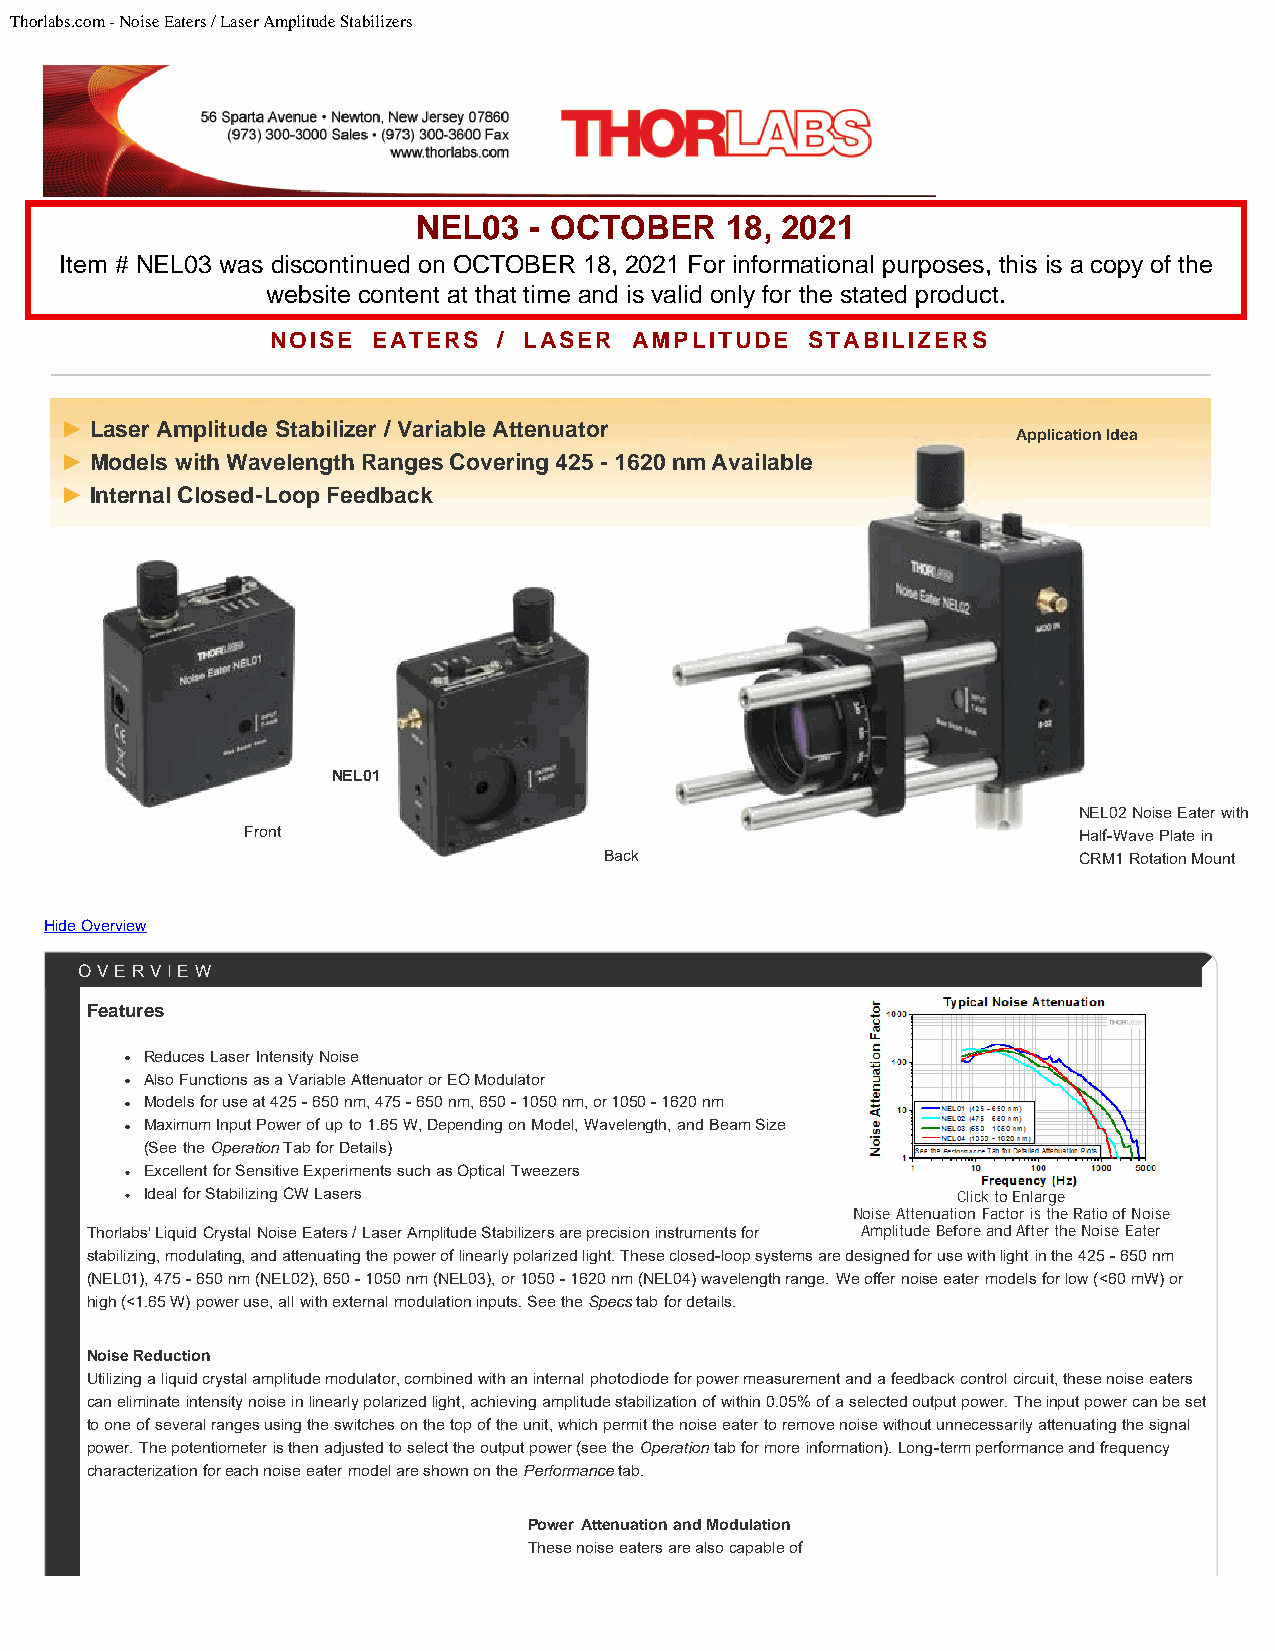
Thorlabs.com - Noise Eaters / Laser Amplitude Stabilizers
 NOISE  EATERS  / LASER  AMPLITUDE   STABILIZERS
 ► Laser Amplitude Stabilizer / Variable Attenuator
 Application Idea
 ► Models with Wavelength Ranges Covering 425 - 1620 nm Available
 ► Internal Closed-Loop Feedback
 NEL01
 NEL02 Noise Eater with
 Front                                                  Half-Wave Plate in
 Back                           CRM1 Rotation Mount
 Hide Overview
 OVERVIEW
 Features
 Reduces Laser Intensity Noise
 Also Functions as a Variable Attenuator or EO Modulator
 Models for use at 425 - 650 nm, 475 - 650 nm, 650 - 1050 nm, or 1050 - 1620 nm
 Maximum Input Power of up to 1.65 W, Depending on Model, Wavelength, and Beam Size
 (See the Operation Tab for Details)
 Excellent for Sensitive Experiments such as Optical Tweezers
 Ideal for Stabilizing CW Lasers                      Click to Enlarge
 Noise Attenuation Factor is the Ratio of Noise
 Thorlabs' Liquid Crystal Noise Eaters / Laser Amplitude Stabilizers are precision instruments for Amplitude Before and After the Noise Eater
 stabilizing, modulating, and attenuating the power of linearly polarized light. These closed-loop systems are designed for use with light in the 425 - 650 nm
 (NEL01), 475 - 650 nm (NEL02), 650 - 1050 nm (NEL03), or 1050 - 1620 nm (NEL04) wavelength range. We offer noise eater models for low (<60 mW) or
 high (<1.65 W) power use, all with external modulation inputs. See the Specs tab for details.
 Noise Reduction
 Utilizing a liquid crystal amplitude modulator, combined with an internal photodiode for power measurement and a feedback control circuit, these noise eaters
 can eliminate intensity noise in linearly polarized light, achieving amplitude stabilization of within 0.05% of a selected output power. The input power can be set
 to one of several ranges using the switches on the top of the unit, which permit the noise eater to remove noise without unnecessarily attenuating the signal
 power. The potentiometer is then adjusted to select the output power (see the Operation tab for more information). Long-term performance and frequency
 characterization for each noise eater model are shown on the Performance tab.
 Power Attenuation and Modulation
 These noise eaters are also capable of